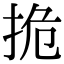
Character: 㧪